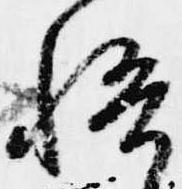
悟